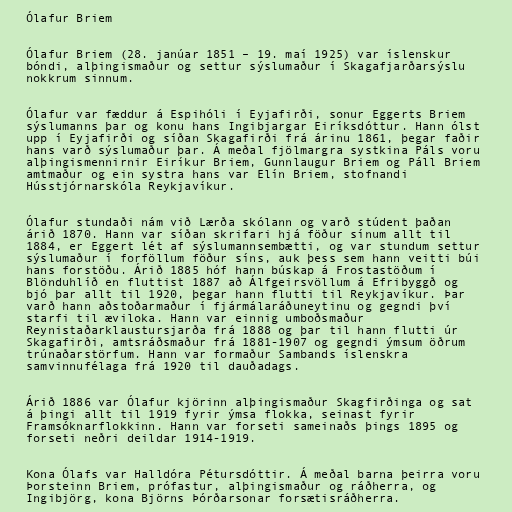
Ólafur Briem

Ólafur Briem (28. janúar 1851 – 19. maí 1925) var íslenskur
bóndi, alþingismaður og settur sýslumaður í Skagafjarðarsýslu
nokkrum sinnum.

Ólafur var fæddur á Espihóli í Eyjafirði, sonur Eggerts Briem
sýslumanns þar og konu hans Ingibjargar Eiríksdóttur. Hann ólst
upp í Eyjafirði og síðan Skagafirði frá árinu 1861, þegar faðir
hans varð sýslumaður þar. Á meðal fjölmargra systkina Páls voru
alþingismennirnir Eiríkur Briem, Gunnlaugur Briem og Páll Briem
amtmaður og ein systra hans var Elín Briem, stofnandi
Hússtjórnarskóla Reykjavíkur.

Ólafur stundaði nám við Lærða skólann og varð stúdent þaðan
árið 1870. Hann var síðan skrifari hjá föður sínum allt til
1884, er Eggert lét af sýslumannsembætti, og var stundum settur
sýslumaður í forföllum föður síns, auk þess sem hann veitti búi
hans forstöðu. Árið 1885 hóf hann búskap á Frostastöðum í
Blönduhlíð en fluttist 1887 að Álfgeirsvöllum á Efribyggð og
bjó þar allt til 1920, þegar hann flutti til Reykjavíkur. Þar
varð hann aðstoðarmaður í fjármálaráðuneytinu og gegndi því
starfi til æviloka. Hann var einnig umboðsmaður
Reynistaðarklaustursjarða frá 1888 og þar til hann flutti úr
Skagafirði, amtsráðsmaður frá 1881-1907 og gegndi ýmsum öðrum
trúnaðarstörfum. Hann var formaður Sambands íslenskra
samvinnufélaga frá 1920 til dauðadags.

Árið 1886 var Ólafur kjörinn alþingismaður Skagfirðinga og sat
á þingi allt til 1919 fyrir ýmsa flokka, seinast fyrir
Framsóknarflokkinn. Hann var forseti sameinaðs þings 1895 og
forseti neðri deildar 1914-1919.

Kona Ólafs var Halldóra Pétursdóttir. Á meðal barna þeirra voru
Þorsteinn Briem, prófastur, alþingismaður og ráðherra, og
Ingibjörg, kona Björns Þórðarsonar forsætisráðherra.